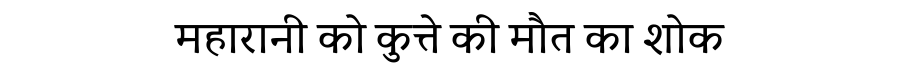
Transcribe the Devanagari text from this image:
महारानी को कुत्ते की मौत का शोक